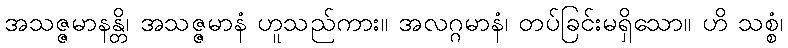
အသဇ္ဇမာနန္တိ၊ အသဇ္ဇမာနံ ဟူသည်ကား။ အလဂ္ဂမာနံ၊ တပ်ခြင်းမရှိသော။ ဟိ သစ္စံ၊